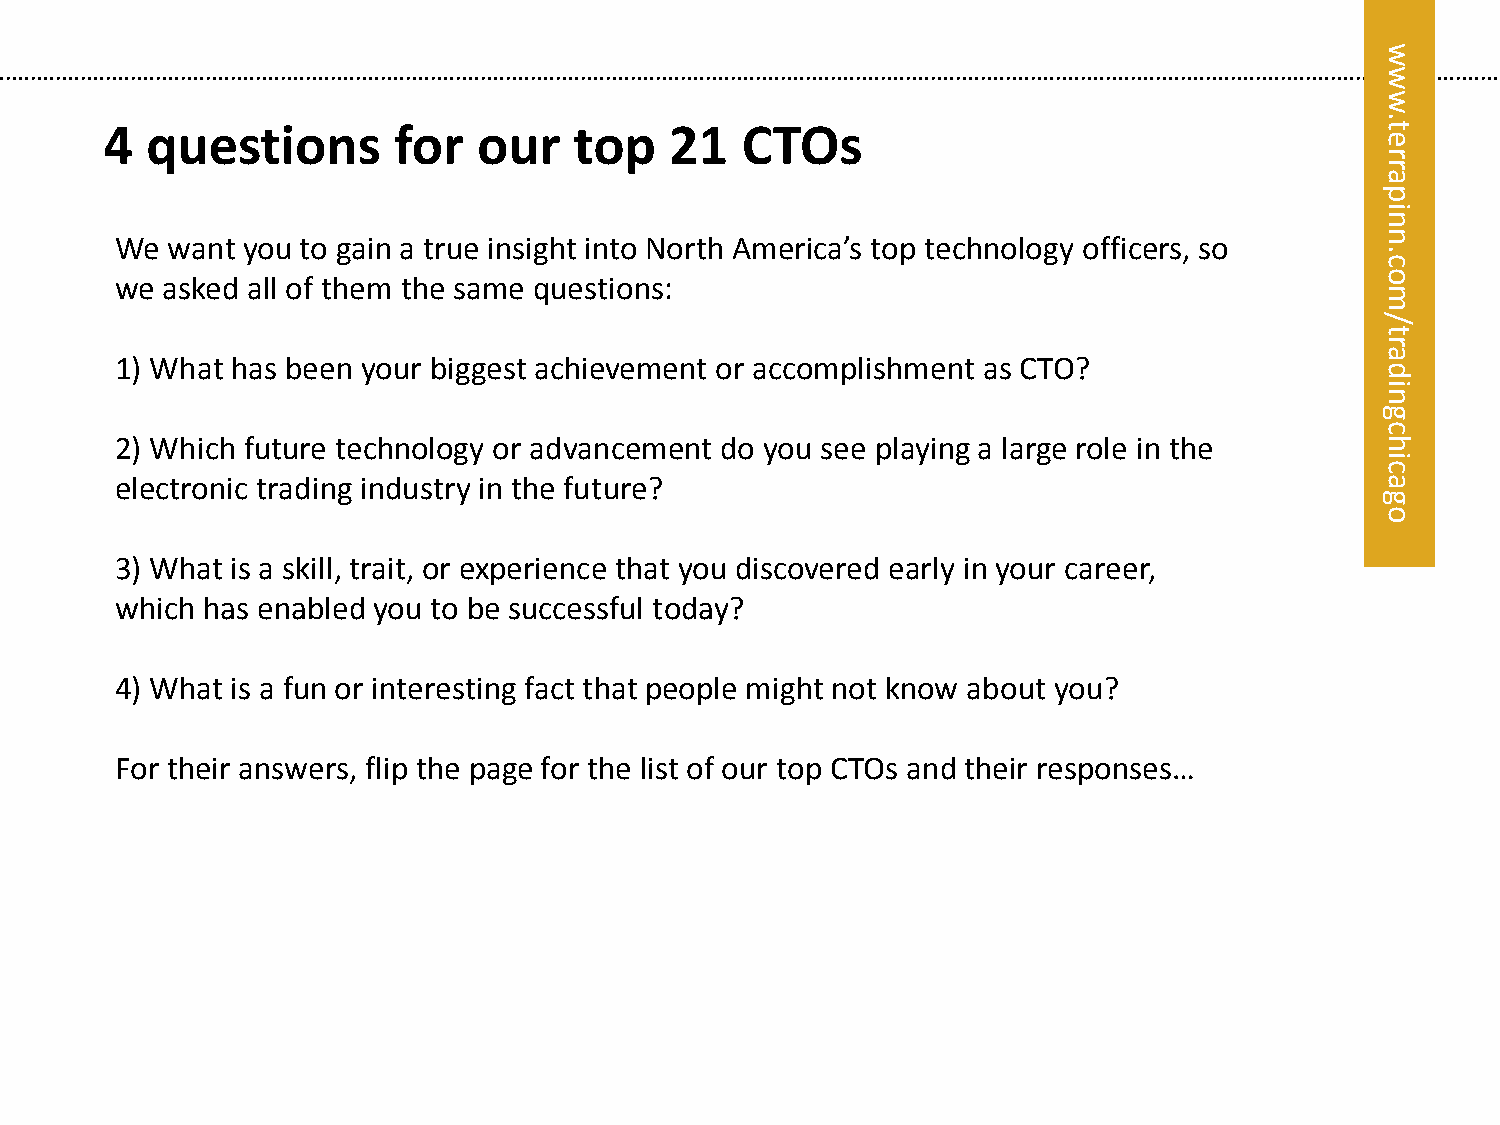
w
 w
 w
 .
 4  questions       for   our   top   21   CTOs                                      t
 e
 r
 r
 eta
 rrp
 pa ni
 We want you to gain a true insight into North America’s top technology officers, so
 ni
 n
 n.
 c.c
 we asked all of them the same questions:                                           moo
 m
 /
 ol/
 yt
 ar
 1) What has been your biggest achievement or accomplishment as CTO?
 aytl da
 si
 ain
 g
 c
 2) Which future technology or advancement do you see playing a large role in the   h
 i
 c
 electronic trading industry in the future?                                         a
 g
 o
 3) What is a skill, trait, or experience that you discovered early in your career,
 which has enabled you to be successful today?
 4) What is a fun or interesting fact that people might not know about you?
 For their answers, flip the page for the list of our top CTOs and their responses…